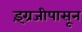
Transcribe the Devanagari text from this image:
इंग्रजीपासून